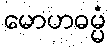
မောဟဓမ္မံ